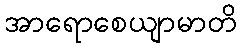
အာရောစေယျာမာတိ